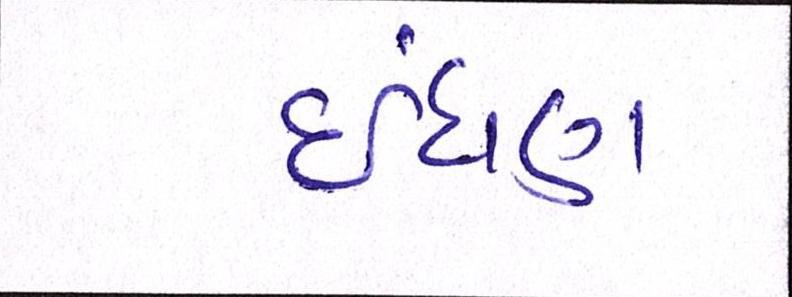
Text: ઈંધણ